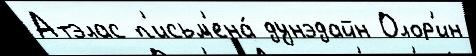
Атэлас п'исьм'ена́ дунэдайн Олор'ин